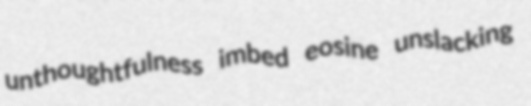
unthoughtfulness imbed eosine unslacking